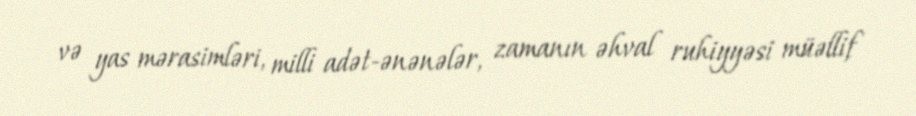
və yas mərasimləri, milli adət-ənənələr, zamanın əhval ruhiyyəsi müəllif